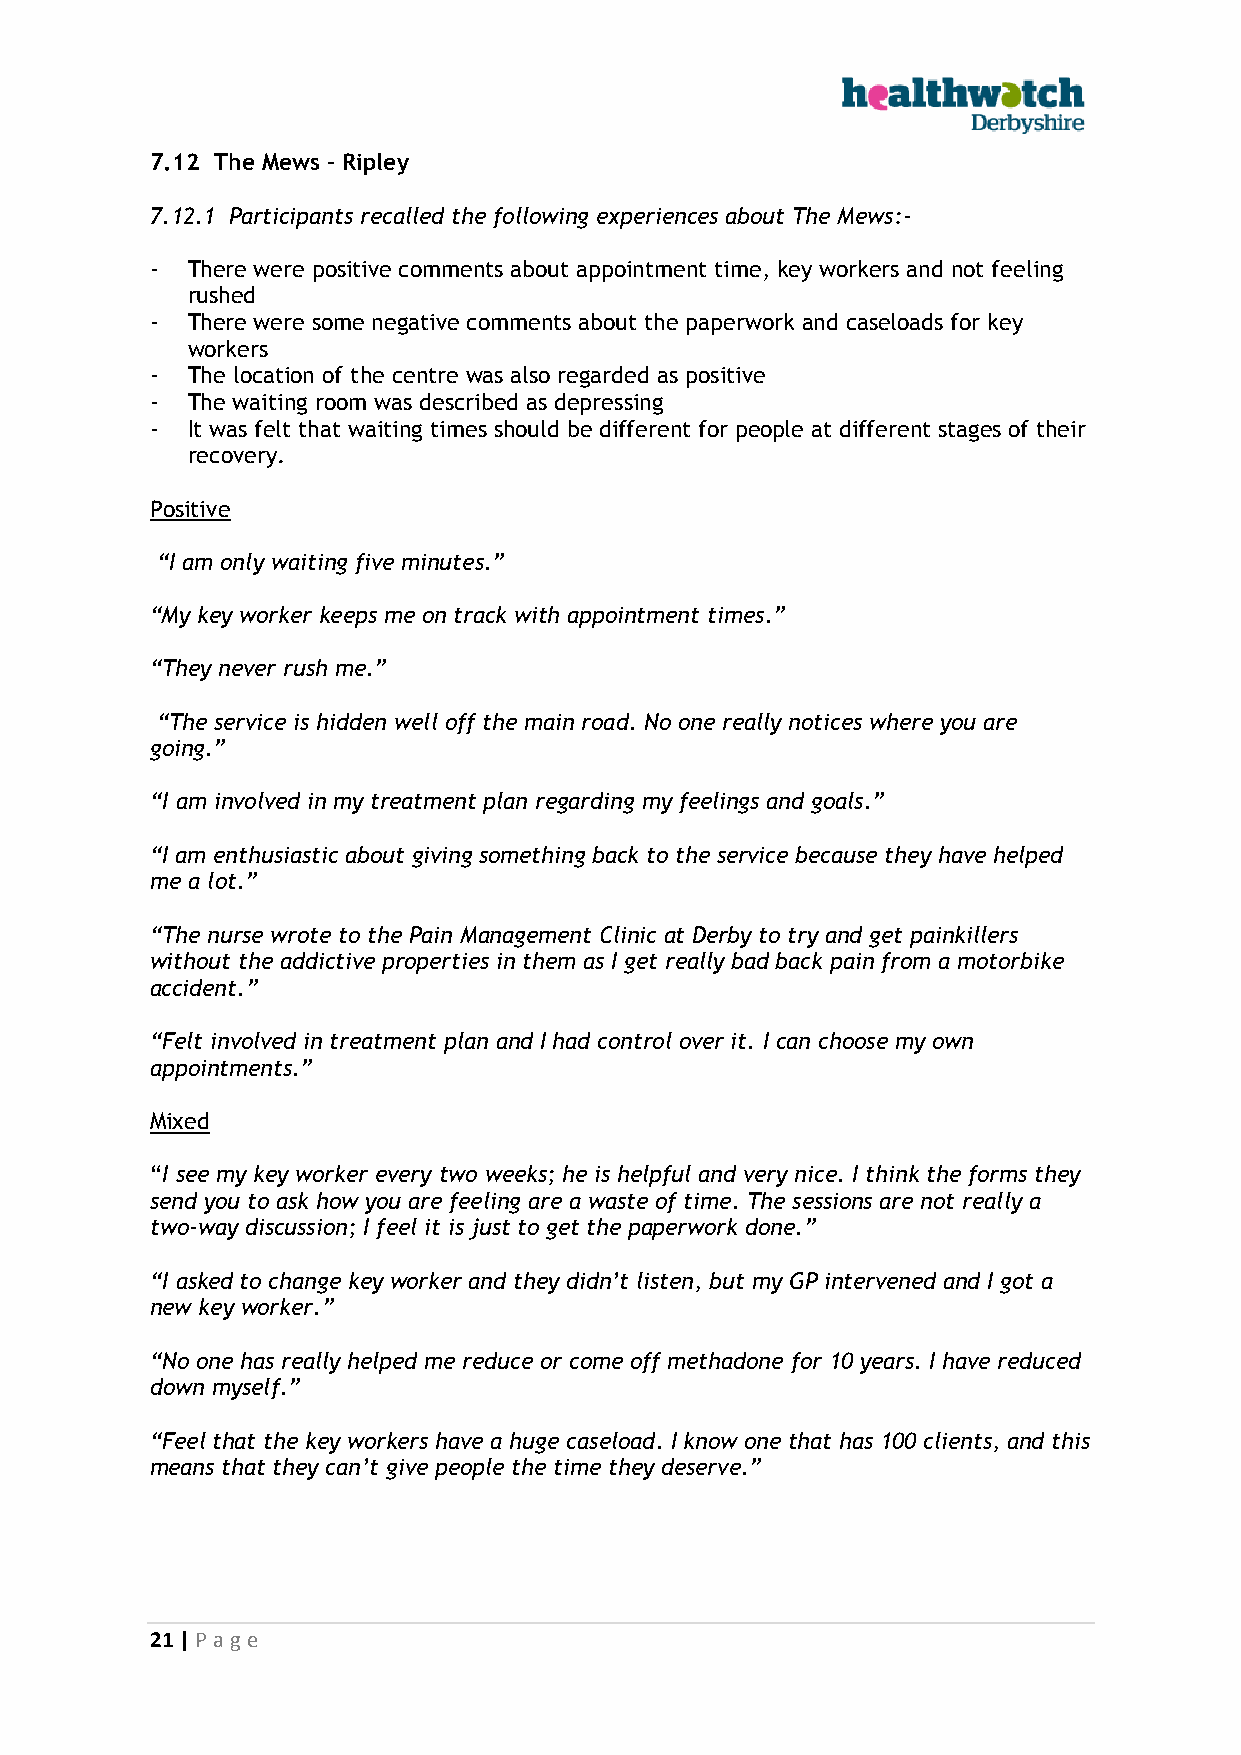
7.12 The Mews – Ripley
 7.12.1 Participants recalled the following experiences about The Mews:-
 - There were positive comments about appointment time, key workers and not feeling
 rushed
 - There were some negative comments about the paperwork and caseloads for key
 workers
 - The location of the centre was also regarded as positive
 - The waiting room was described as depressing
 - It was felt that waiting times should be different for people at different stages of their
 recovery.
 Positive
 “I am only waiting five minutes.”
 “My key worker keeps me on track with appointment times.”
 “They never rush me.”
 “The service is hidden well off the main road. No one really notices where you are
 going.”
 “I am involved in my treatment plan regarding my feelings and goals.”
 “I am enthusiastic about giving something back to the service because they have helped
 me a lot.”
 “The nurse wrote to the Pain Management Clinic at Derby to try and get painkillers
 without the addictive properties in them as I get really bad back pain from a motorbike
 accident.”
 “Felt involved in treatment plan and I had control over it. I can choose my own
 appointments.”
 Mixed
 “I see my key worker every two weeks; he is helpful and very nice. I think the forms they
 send you to ask how you are feeling are a waste of time. The sessions are not really a
 two-way discussion; I feel it is just to get the paperwork done.”
 “I asked to change key worker and they didn’t listen, but my GP intervened and I got a
 new key worker.”
 “No one has really helped me reduce or come off methadone for 10 years. I have reduced
 down myself.”
 “Feel that the key workers have a huge caseload. I know one that has 100 clients, and this
 means that they can’t give people the time they deserve.”
 21 | P age